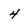
Character: 4